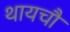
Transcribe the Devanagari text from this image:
थायचौ